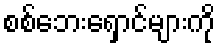
စစ်ဘေးရှောင်များကို